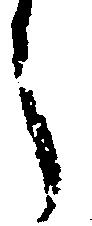
々